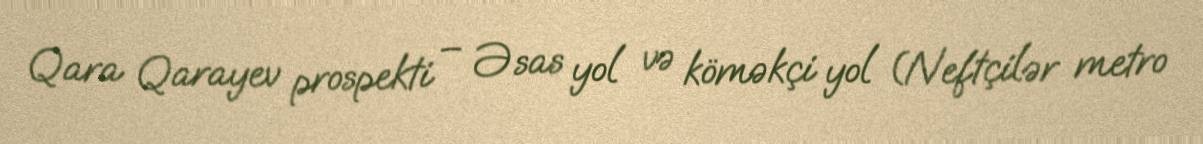
Qara Qarayev prospekti – Əsas yol və köməkçi yol (Neftçilər metro